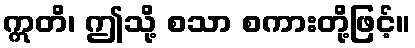
ဣတိ၊ ဤသို့ စသာ စကားတို့ဖြင့်။